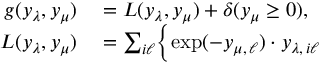
\begin{array} { r l } { g ( y _ { \lambda } , y _ { \mu } ) } & { { } = L ( y _ { \lambda } , y _ { \mu } ) + \delta ( y _ { \mu } \ge 0 ) , } \\ { L ( y _ { \lambda } , y _ { \mu } ) } & { { } = \sum _ { i \ell } \Bigl \{ \exp ( - y _ { \mu , \, \ell } ) \cdot y _ { \lambda , \, i \ell } \Bigr . } \end{array}